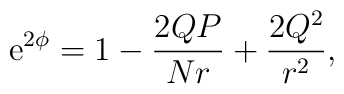
{\rm e}^{2\phi}=1-\frac{2QP}{Nr}+\frac{2Q^2}{r^2},